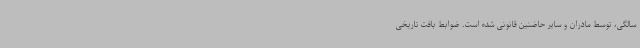
سالگی، توسط مادران و سایر حاضنین قانونی شده است. ضوابط بافت تاریخی